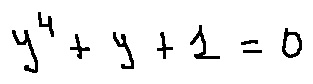
y ^ { 4 } + y + 1 = 0